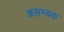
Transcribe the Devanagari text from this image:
असम्यक